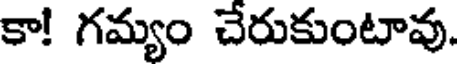
కా! గమ్యం చేరుకుంటావు.